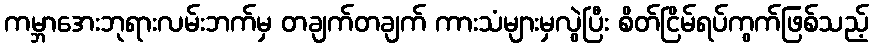
ကမ္ဘာအေးဘုရားလမ်းဘက်မှ တချက်တချက် ကားသံများမှလွဲပြီး စိတ်ငြိမ်ရပ်ကွက်ဖြစ်သည့်